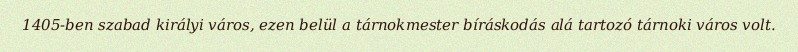
1405-ben szabad királyi város, ezen belül a tárnokmester bíráskodás alá tartozó tárnoki város volt.